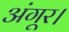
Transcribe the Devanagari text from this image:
अंगूर।